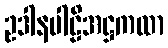
ဥဒါနပါဠိအဋ္ဌကထာ